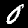
Label: 0